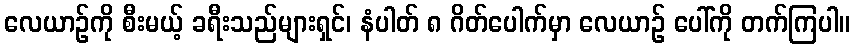
လေယာဉ်ကို စီးမယ့် ခရီးသည်များရှင်၊ နံပါတ် ၈ ဂိတ်ပေါက်မှာ လေယာဉ် ပေါ်ကို တက်ကြပါ။